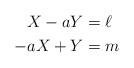
LaTeX: \begin{align*} X-aY&=\ell\\ -aX+Y&=m\end{align*}